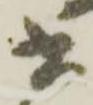
書